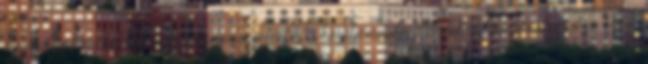
párválasztási taktika alkalmazását jelentik a kondicionális párválasztási stratégiákon belül.